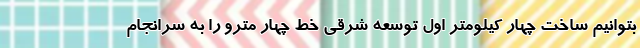
بتوانیم ساخت چهار کیلومتر اول توسعه شرقی خط چهار مترو را به سرانجام